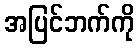
အပြင်ဘက်ကို